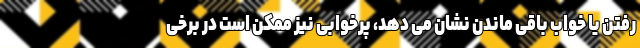
رفتن یا خواب باقی ماندن نشان می دهد، پرخوابی نیز ممکن است در برخی